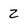
Character: Z